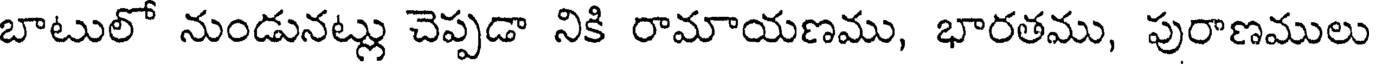
బాటులో నుండునట్లు చెప్పడా నికి రామాయణము, భారతము, పురాణములు